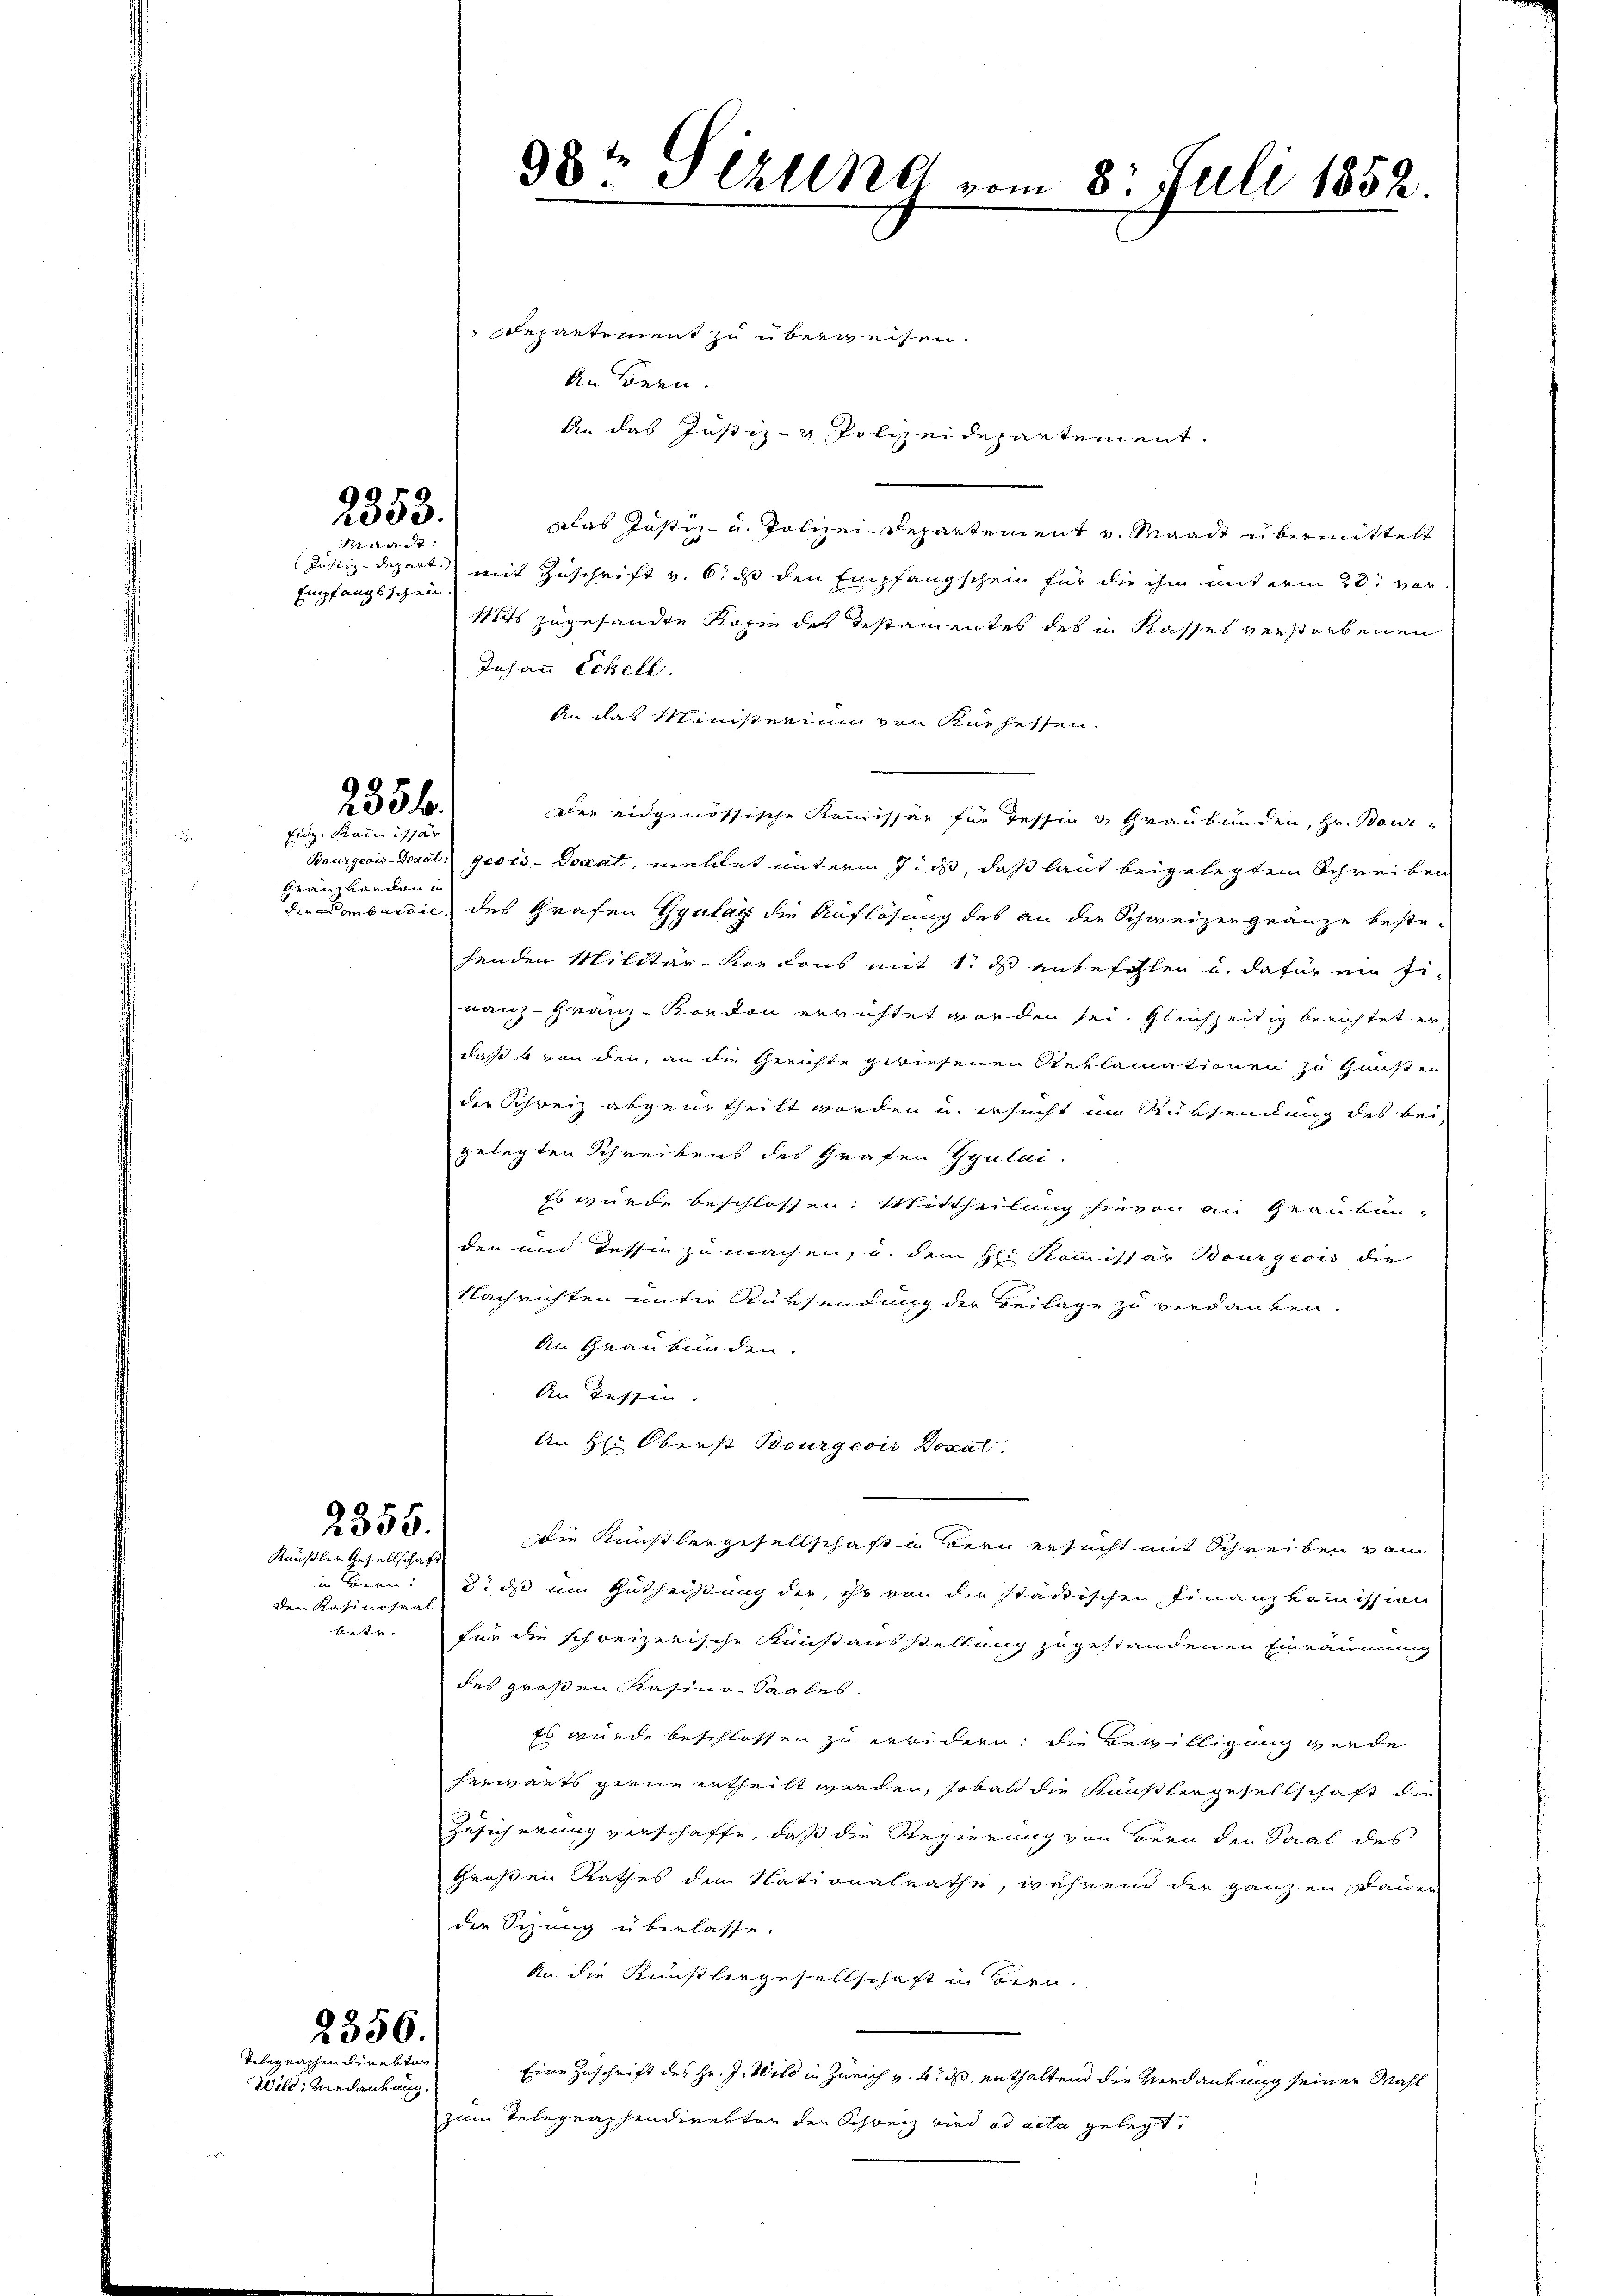
2353.
Waadt:

Empfangsschein.

2356.
Eidg. Kommissär

Granz vorden in

in Brau
den Kasinosaal
betr.

2355.
Kausler Gesellschaft

2356.
Telegraphen direktur
Wild: Verdankung.

Departement zu überweisen.
An Bern.
An das Justiz- & Polizeidepartement.
Das Justiz- u. Polizei-Departement v. Waadt übermittelt
Justiz-Depart mit Zuschrift v. 6. ds den Empfangschein für die ihm unterm 23t ver
Miits zugesandte Kopie des Testamentes des in Kassel verstorbenen
Johann Schell.
An das Meisterium von Kurhessen.
der eidgenössische Kommissär für Tessin & Graubünden, Hr. Bour¬
Baurgeois-Dosat: gecis-Docat, meldet unterm 7. ds, daß laut beigelegtem Schreiben
der Lombardie, des Grafen Gyulay die Auflösung des an die Schweizergränze bestehenden Militär-Kordons mit 1. ds anbefohlen u. dafür ein fi-
nanz-Granz-Kondon errichtet worden sei. Gleichzeitig berichtet er
daß von den, an die Gerichte gewiesenen Reklamationen zu Gunster
der Schweiz abgeurtheilt worden u. ersucht im Rücksendung des bei-
gelegten Schreibens des Grafen Gyulai.
Es wurde beschlossen. Mittheilung hievon an Graubünden und Tessin zu machen, u. dem Hei Kommissar Bourgeois die
Nachrichten unter Rüksendung der Beilage zu verdanken.
An Graubünden.
An dessen |
An H: Oberst Bourgeois Donat
Die Künstlergesellschaft Bern ersucht mit Schreiben vom
3. ds um Gutheißung der, ihr von der städtischen Finanzkommission
für die schreizerische Kunstausstellung zugestandenen Einräumung
des großen Kasino-Saales.
Es wurde beschlossen zu erwidern, die Bewilligung werde
herwarts gerne ertheilt werden, sobal die Kauslergesellschaft die
Zusicherung verschaffe, daß die Regierung von Bern den Saal des
Großen Rathes dem Nationalrathe, während der ganzen Dauer
der Sitzung überlasse.
An die Künstlergesellschaft in Bern.
Eine Zuschrift des Hr. J. Wild in Zürich v. 4. ds, enthaltend die Verdankung seiner Wahl
zum Telegraphendirektor der Schweiz wird ad acta gelegt.

38te Sekung vom 8. Juli 1852.